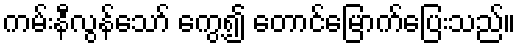
ကမ်းနီလွန်သော် ကွေ့၍ တောင်မြောက်ပြေးသည်။